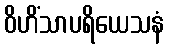
ဝိဟိံသာပရိယေသနံ